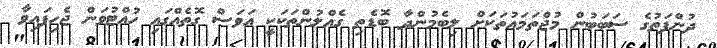
ދުންފަތުގެ ސަބަބުން މުޖްތަމަޢުތަކަށް ލިބެމުންދާ ބޮޑެތި ގެއްލުންތަކަކީ އަވަސް ގޮތެއްގައި ހުއްޓުވަން ޖެހިފައިވާ